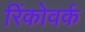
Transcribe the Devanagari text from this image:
रिंकोवर्क